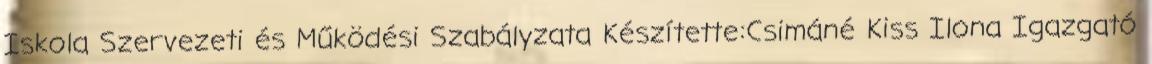
Iskola Szervezeti és Működési Szabályzata Készítette:Csimáné Kiss Ilona Igazgató